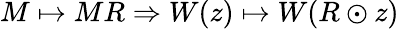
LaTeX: M\mapsto MR\Rightarrow W(z)\mapsto W(R\odot z)